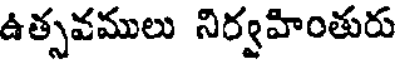
ఉత్సవములు నిర్వహింతురు